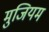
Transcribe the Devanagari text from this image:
मुजियम